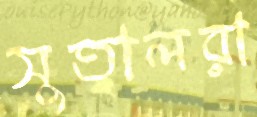
সুতালরা